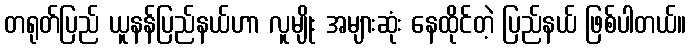
တရုတ်ပြည် ယူနန်ပြည်နယ်ဟာ လူမျိုး အများဆုံး နေထိုင်တဲ့ ပြည်နယ် ဖြစ်ပါတယ်။